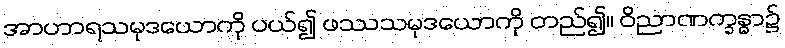
အာဟာရသမုဒယောကို ပယ်၍ ဖဿသမုဒယောကို တည်၍။ ဝိညာဏက္ခန္ဓာ၌